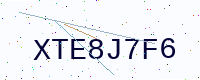
Text: XTE8J7F6